Civil Veterinary Dept. North-West Frontier Province 1901-22 - 1901-1922
Year: 1901
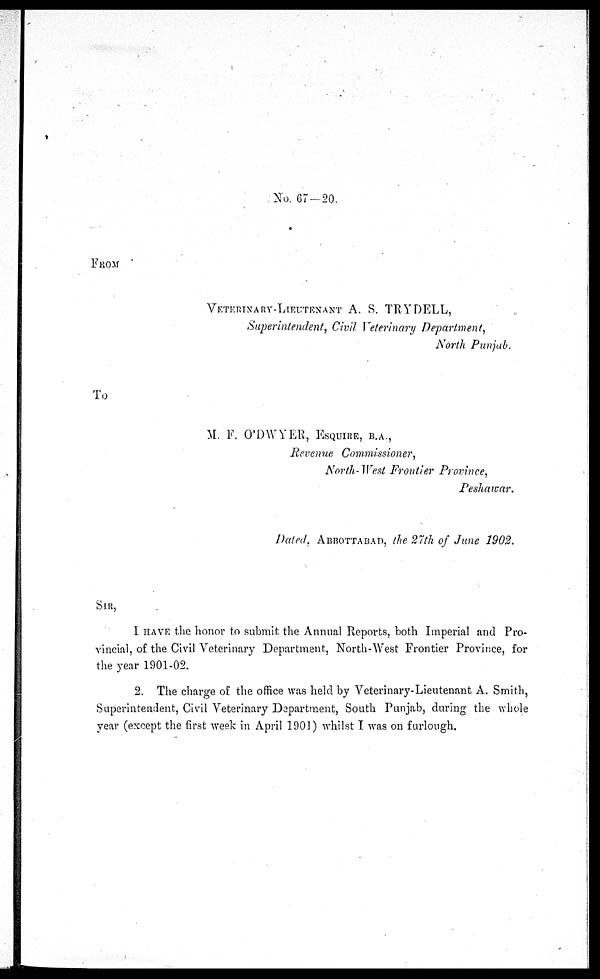
No. 67—20.
FROM
VETERINARY-LIEUTENANT A. S. TRY DELL,
Superintendent, Civil Veterinary Department,
North Punjab.
To
M. F. O'DWYER, ESQUIRE, B.A.,
Revenue Commissioner,
North-West Frontier Province,
Peshawar.
Dated, ABBOTTABAD, the 27th of June 1902.
SIR,
I HAVE the honor to submit the Annual Reports, both Imperial and Pro-
vincial, of the Civil Veterinary Department, North-West Frontier Province, for
the year 1901-02.
2. The charge of the office was held by Veterinary-Lieutenant A. Smith,
Superintendent, Civil Veterinary Department, South Punjab, during the whole
year (except the first week in April 1901) whilst I was on furlough.